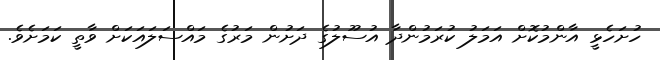
ހުށަހެޅީ އާންމުކޮށް އަމަލު ކުރަމުންދާ އުސޫލުގެ ދަށުން މަރުގެ މައްސަލައަކަށް ވާތީ ކަމަށެވެ.